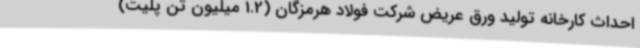
احداث کارخانه تولید ورق عریض شرکت فولاد هرمزگان (1.2 میلیون تن پلیت)